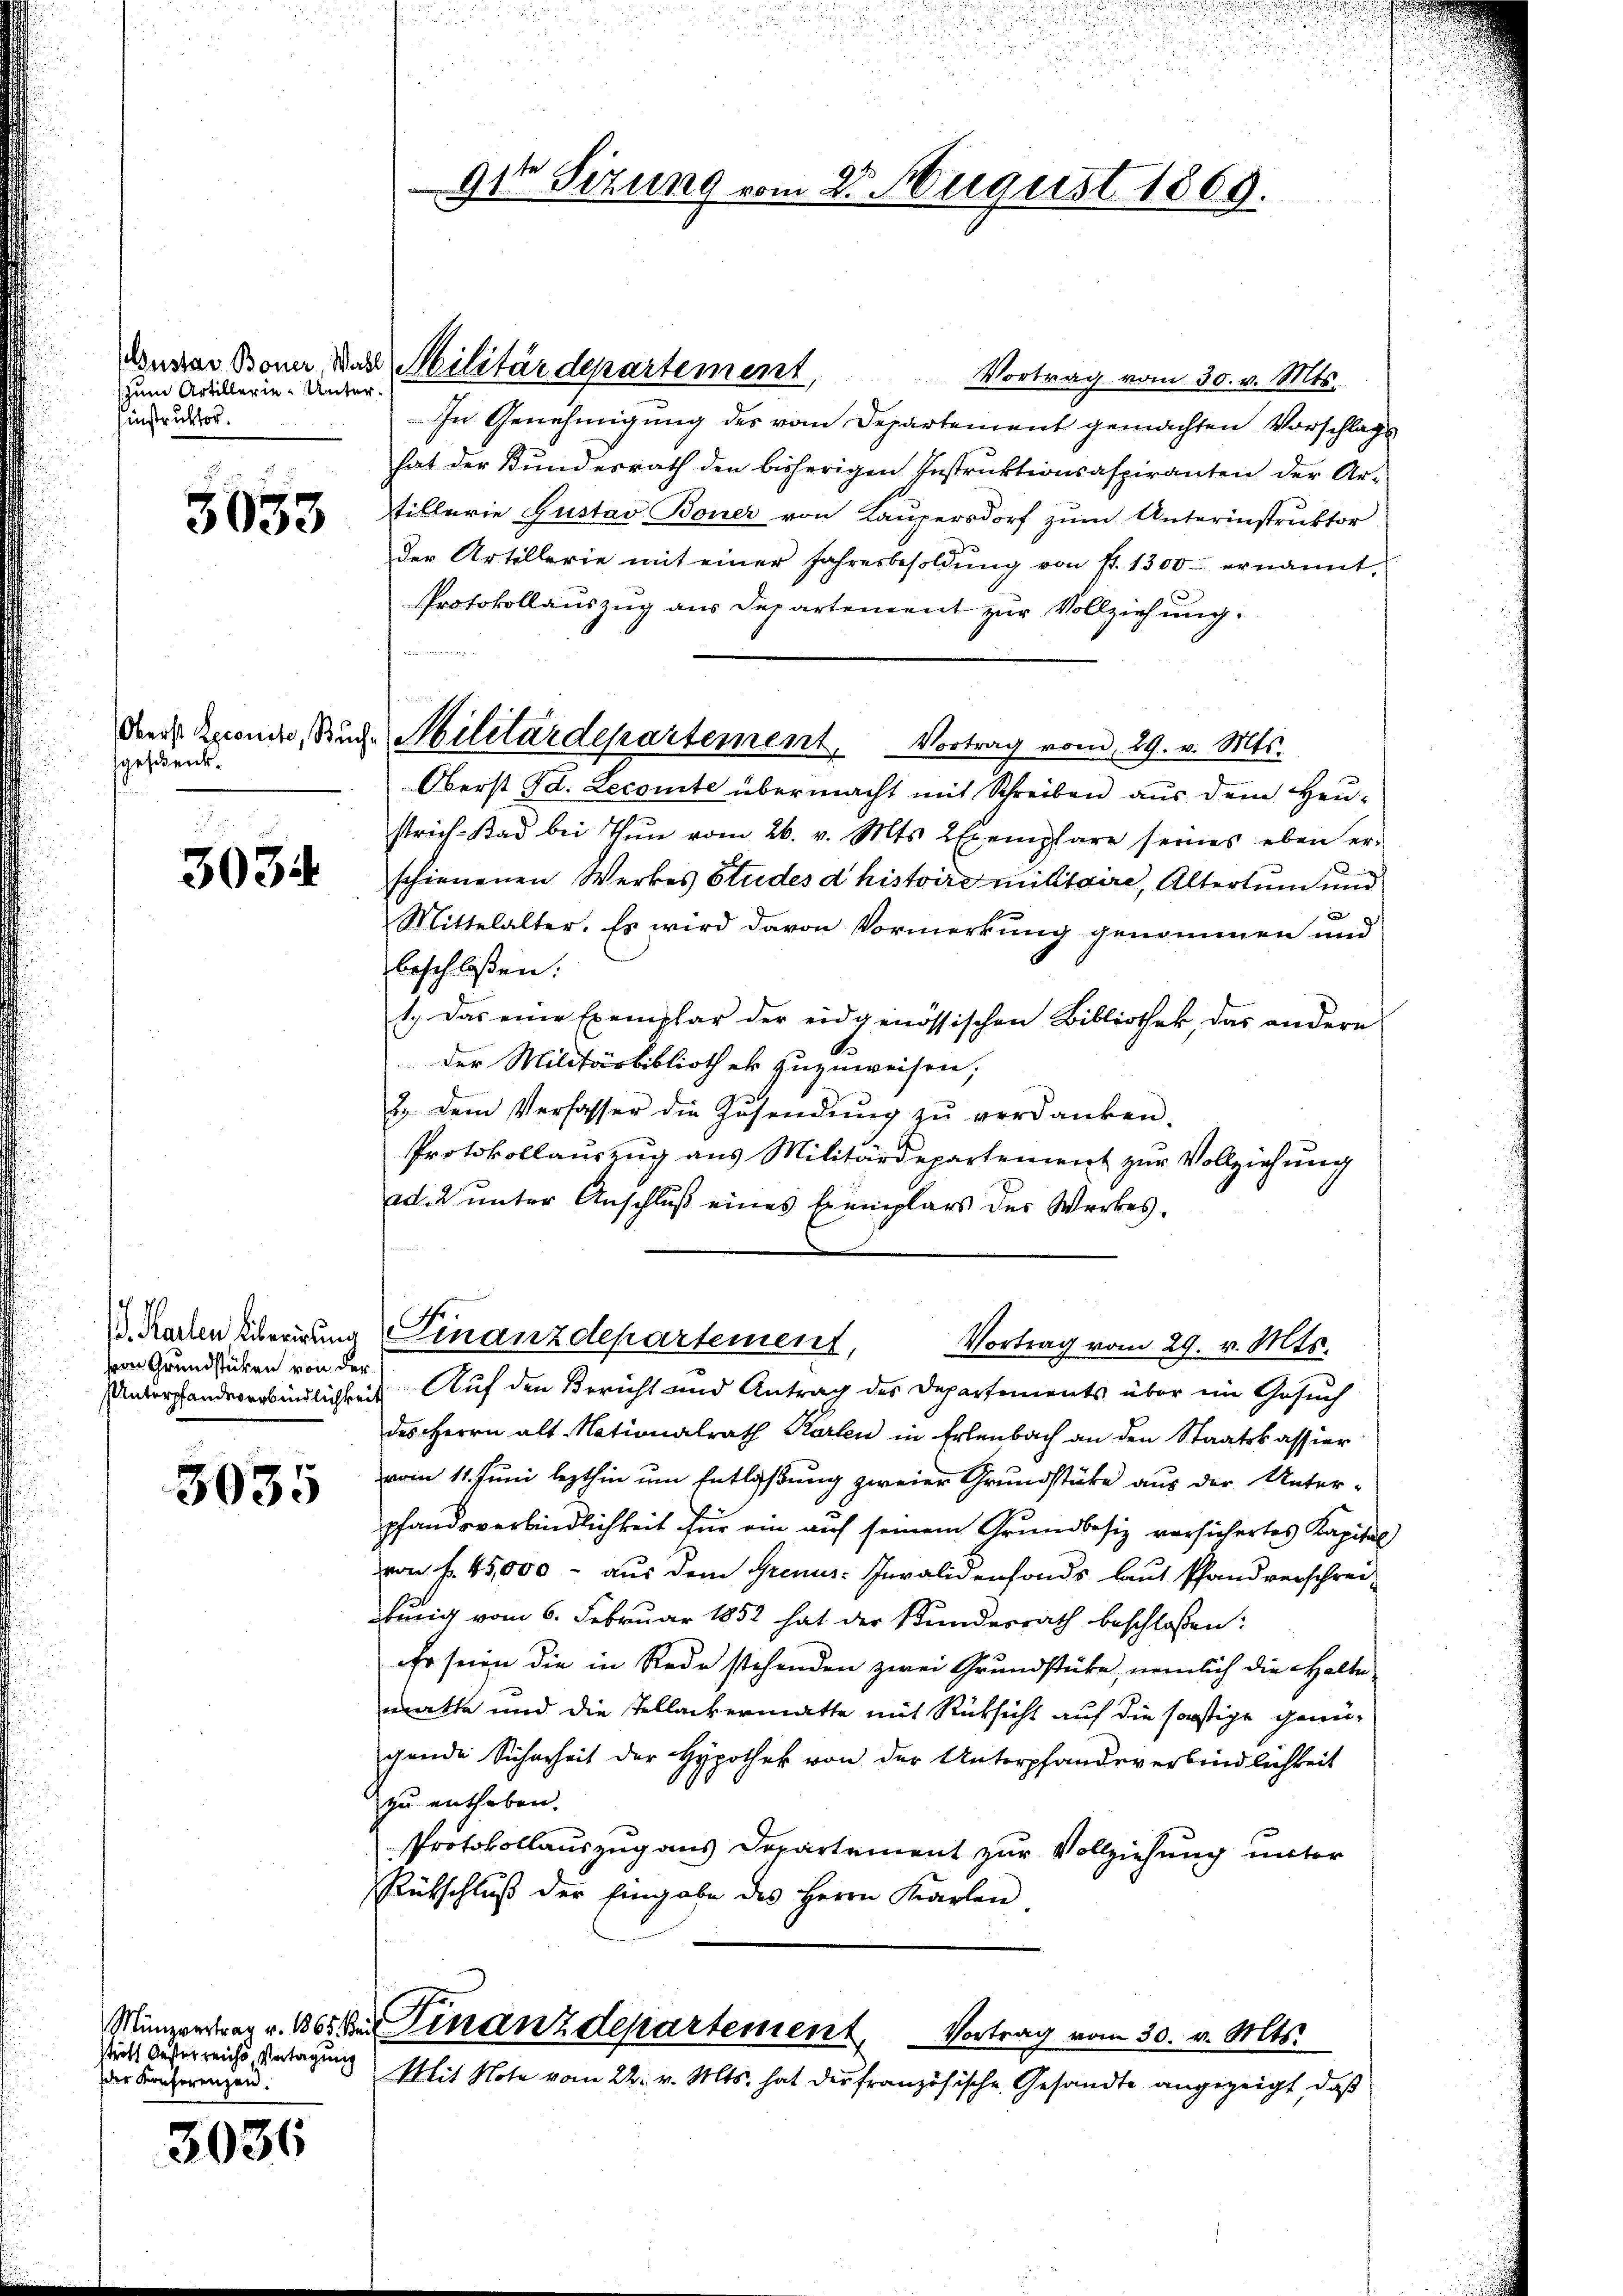
(zum Artillerie-Untersinstruktor.

3033

sgeschenk.

3034.

10
hern Grundstücken von der

3035

stritt Oesterreichs Vertagung
der Konferenzen.

3036

91 Sizung vom 23. August 1869.

Ausar Bonn, das Militärdepartement,

Vortrag vom 30. v. Mts.
In Genehmigung des vom Departement gemachten Vorschlags
hat der Bundesrath den bisherigen Instruktionsaspiranten der Ar-
tillerie Gustav Boner von Laupersdorf zum Unterinstruktor
der Artillerie mit einer Jahresbesoldŭng von fr. 1300 ernannt,
Protokollauszug aus Departement zur Vollziehung.
Oberst d. Lecomte übermacht mit Schreiben aus dem Heu-
strich-Bad bei Thŭn vom 26. v. Mts. 2 Exemplare seines eben er-
.
schienenen Werkes Studes d histoirs militaire, Altertum und
e
Mittelalter. Es wird davon Vormerkung genommen und
beschloßen:
1.) Das eine Exemplar der eidgenössischen Bibliothek, das andere
der Militärbibliothek zuzuweisen;
2. dem Verfasser die Zusendung zu verdanken.
Protokollauszug aus Militärdepartement zur Vollziehung
ed. 2 unter Anschluß eines Exemplars des Werkes,
m
. Nachten überirung Finanzdepartement,
Vortrag vom 29. v. Mts.
Unterstandeverbindlichkeit Auf den Bericht und Antrag des Departements über ein Gesuch
des Herrn alt Nationalrath Karten in Erlenbach an den Staatskassier
vom 11. Juni lezthin um Entlaßung zweier Grundstücke aus der Unter-
pfandsverbindlichkeit für ein auf seinem Grundbesiz versichertes Kapital
von f. 45,000 - aus dem Grenz-Invalidenfonds laut Pfandverschreibung vom 6. Februar 1852 hat der Bundesrath beschlossen:
Er seien die in Rede stehenden zwei Grundstücke, nemlich die Halte.
matte und die Tellackermatte mit Rücksicht auf die sonstige genü-
gende Sicherheit der Hypothek von der Unterpfandeverbindlichkeit
zu entheben.
Protokollauszug aus Departement zur Vollziehung unter
Rütschluß der Eingabe des Herrn Karlen

Den Beende Rud. Militärdepartement. Vortrag vom 29. v. Mts.

Münzertrag v. 1865 der Finanzdepartement, Vortrag vom 30. v. Mts.
Mit Note vom 22. v. Mts. hat die französische Gesandte angezeigt, daß